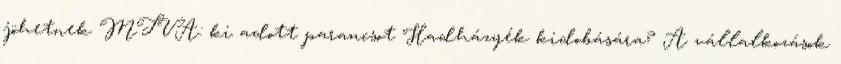
jöhetnek MTVA: ki adott parancsot Hadházyék kidobására? A vállalkozások